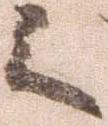
之